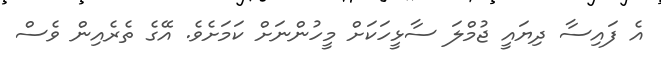
އެ ފައިސާ ދިޔައީ ޖުމްލަ ސާޅީހަކަށް މީހުންނަށް ކަމަށެވެ. އޭގެ ތެރެއިން ވެސް